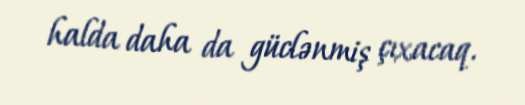
halda daha da güclənmiş çıxacaq.